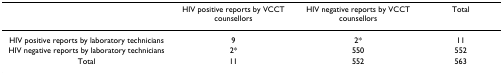
<table><thead><tr><td></td><td><b>HIV positive reports by VCCT counsellors</b></td><td><b>HIV negative reports by VCCT counsellors</b></td><td><b>Total</b></td></tr></thead><tbody><tr><td>HIV positive reports by laboratory technicians</td><td>9</td><td>2*</td><td>11</td></tr><tr><td>HIV negative reports by laboratory technicians</td><td>2*</td><td>550</td><td>552</td></tr><tr><td>Total</td><td>11</td><td>552</td><td>563</td></tr></tbody></table>